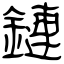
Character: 鏈